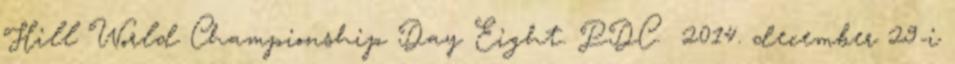
Hill World Championship Day Eight. PDC. 2014. december 29-i